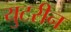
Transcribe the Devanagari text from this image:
युटरीन